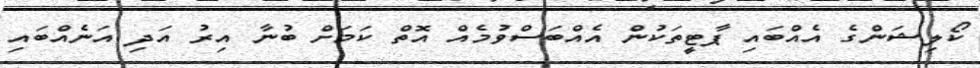
ކޯލިޝަންގެ އެއްބައި ޕާޓީތަކުން އެއްބަސްވުމެއް އޮތް ކަމަށް ބުނާ އިރު އަދި އަނެއްބައި